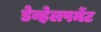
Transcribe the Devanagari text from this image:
डेव्हेलपमेंट